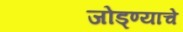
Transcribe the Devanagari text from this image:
जोड्ण्याचे